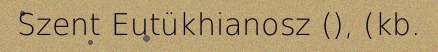
Szent Eutükhianosz (), (kb.